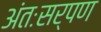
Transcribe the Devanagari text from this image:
अंतःसर्पण